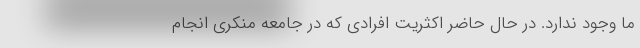
ما وجود ندارد. در حال حاضر اکثریت افرادی که در جامعه منکری انجام